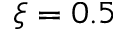
\xi = 0 . 5